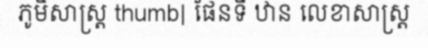
ភូមិសាស្ត្រ thumb| ផែនទី ឋាន លេខាសាស្ត្រ